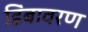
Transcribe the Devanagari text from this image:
डिंबावरण